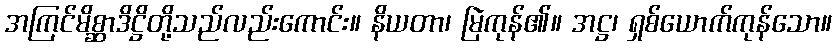
အကြင်မိစ္ဆာဒိဋ္ဌိတို့သည်လည်းကောင်း။ နိယတာ၊ မြဲကုန်၏။ အဋ္ဌ၊ ရှစ်ယောက်ကုန်သော။